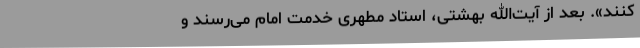
کنند». بعد از آیت‌الله بهشتی،‌ استاد مطهری‌ خدمت‌ امام‌ می‌رسند و